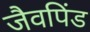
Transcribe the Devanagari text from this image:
जैवपिंड